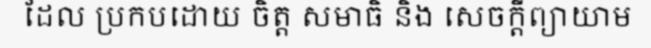
ដែល ប្រកបដោយ ចិត្ត សមាធិ និង សេចក្តីព្យាយាម